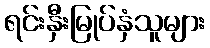
ရင်းနှီးမြုပ်နှံသူများ